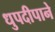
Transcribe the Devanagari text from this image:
धुपदीपाने